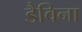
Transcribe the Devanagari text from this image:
डैविना